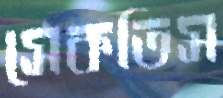
সেকতিস